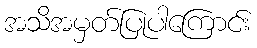
အသိအမှတ်ပြုပါကြောင်း